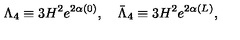
\Lambda _ { 4 } \equiv 3 H ^ { 2 } e ^ { 2 \alpha ( 0 ) } , \quad \bar { \Lambda } _ { 4 } \equiv 3 H ^ { 2 } e ^ { 2 \alpha ( L ) } ,